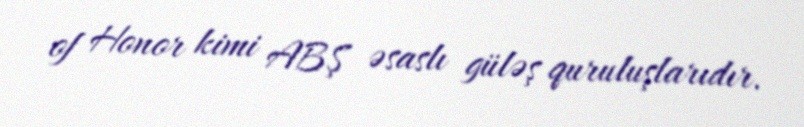
of Honor kimi ABŞ əsaslı güləş quruluşlarıdır.